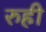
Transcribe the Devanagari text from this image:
रुही